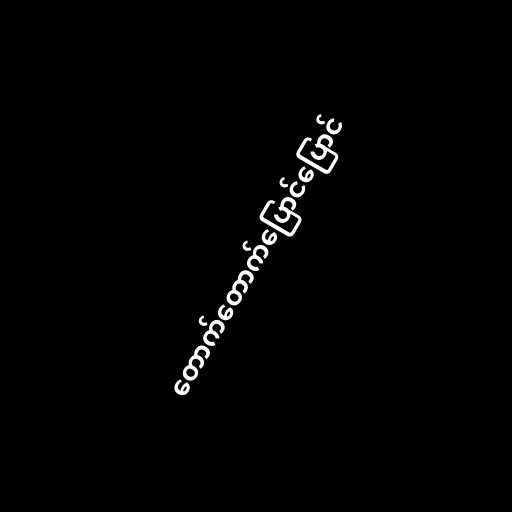
တောက်တောက်ပြောင်ပြောင်